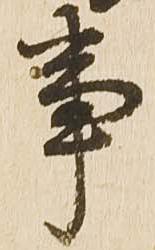
事